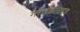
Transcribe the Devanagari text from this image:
ग्लाईकोसाइड